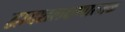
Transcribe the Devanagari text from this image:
द्वादशलक्षणात्मक